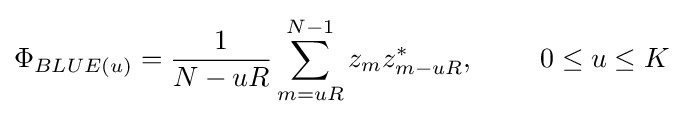
\Phi _{BLUE(u)}={\frac {1}{N-uR}}\sum _{m=uR}^{N-1}{z_{m}z_{m-uR}^{*}},\ \ \ \ \ \ \ 0\leq u\leq K